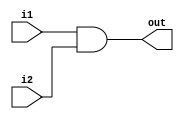
module bitwiseAND_10bit (
input [9:0] i1,
input [9:0] i2,
output [9:0] out
);
assign out[9:0] = i1[9:0] & i2[9:0];
endmodule